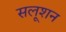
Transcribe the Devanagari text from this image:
सलूशन